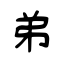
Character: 弟